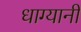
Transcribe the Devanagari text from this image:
धाग्यानी